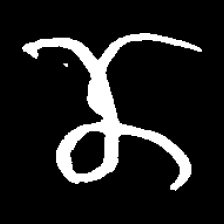
Pyu character \u2014 Myanmar letter: ဏ (romanized: nna)